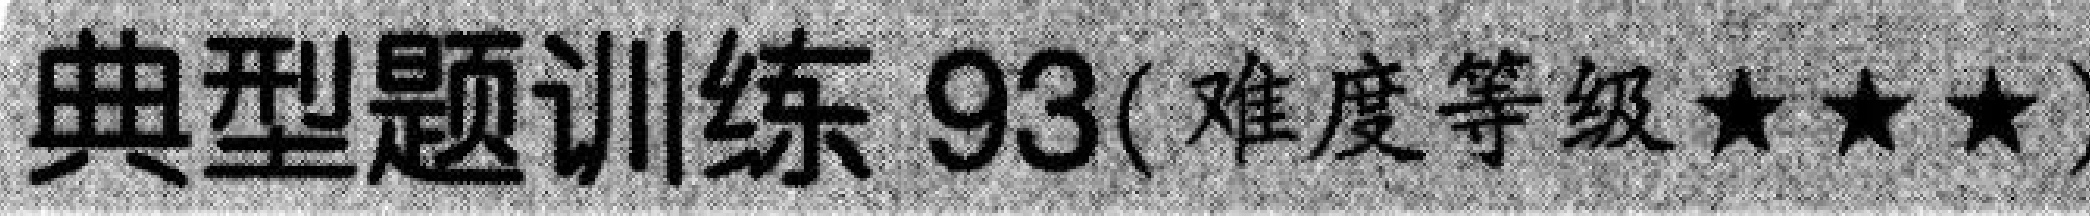
典型题训练 93(难度等级★★★)